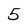
Character: 5